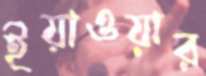
ইয়াওয়ার